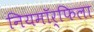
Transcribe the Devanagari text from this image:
नियमॉर्फिला